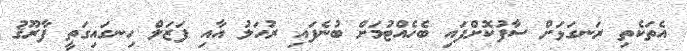
އެތަކެތި ރަނގަޅަށް ސާފުކޮށްފައި ބެހެއްޓުމަށް ބުނެފައި ރުހަލު އާއި ފަޒަލް ހިނގައިގަތީ ފާރޫޤު